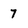
Character: 7